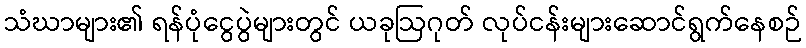
သံဃာများ၏ ရန်ပုံငွေပွဲများတွင် ယခုဩဂုတ် လုပ်ငန်းများဆောင်ရွက်နေစဉ်